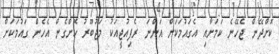
ކޮށްދޭން ޖެހޭނެ ކަމަށާއި އެގައުމަކަށް އަންނަ ރެފިއުޖީއަކު މަޖުބޫރު ކޮށްގެން އެހެން ގައުމަކަށް